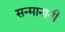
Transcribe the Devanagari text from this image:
सन्मानानी